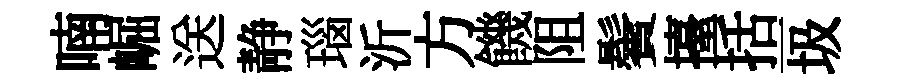
喃崛送静瑙沂方饑阻鬢擡括一圾